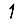
Digit: 1